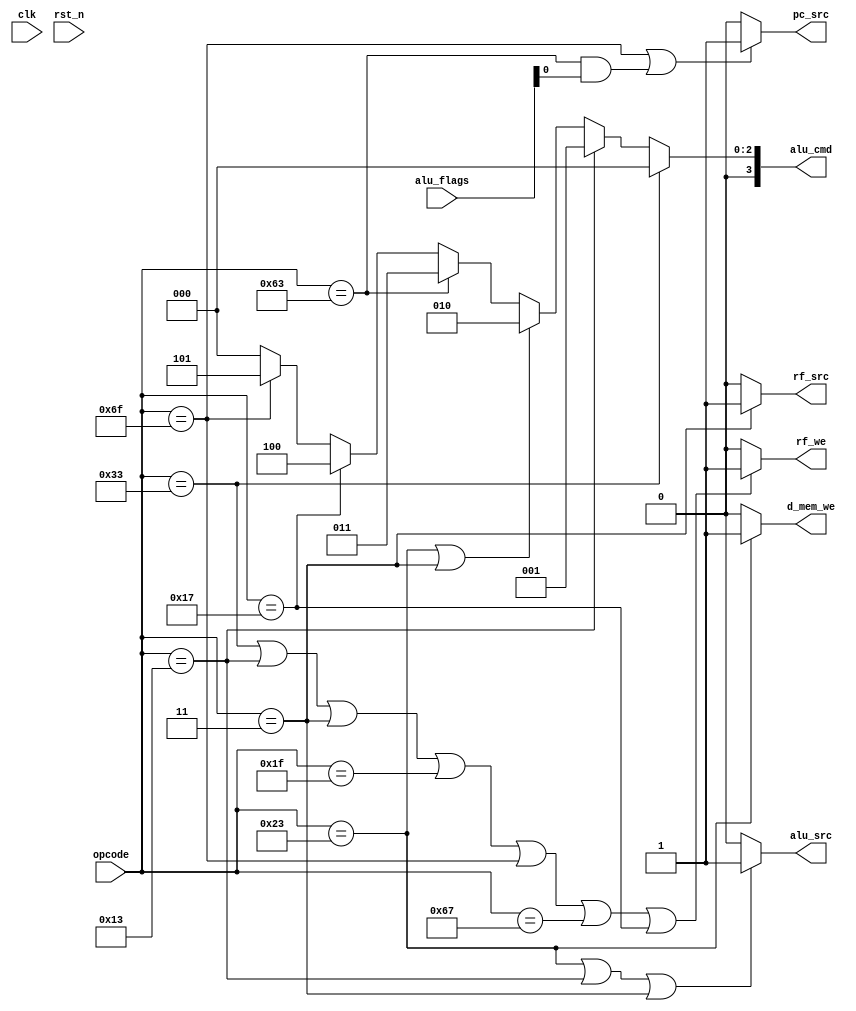
module uc (
    input clk, rst_n,                       // clock borda subida, reset assncrono ativo baixo
    input [6:0] opcode,                     // OpCode direto do IR no FD
    output d_mem_we, rf_we,                 // Habilita escrita na memria de dados e no banco de registradores
    input  [3:0] alu_flags,                 // Flags da ULA
    output [3:0] alu_cmd,                   // Operao da ULA
    output alu_src, pc_src, rf_src          // Seletor dos MUXes
); 

// AluCmd  
// 0000: R
// 0001: I
// 0010: S    
// 0011: SB
// 0100: U
// 0101: UJ

assign d_mem_we = (opcode == 7'b0100011)? 1 : 0;
assign rf_we = (opcode == 7'b0110011 || opcode == 7'b0010011 || opcode == 7'b0000011 || opcode == 7'b0011111 || opcode == 7'b1101111 || opcode == 7'b1100111 || opcode == 7'b0010111)? 1 : 0;

assign alu_cmd = (opcode == 7'b0110011)? 4'b0000:                           // arithmetic
                 (opcode == 7'b0010011)? 4'b0001:                           // immediate arithmetic
                 (opcode == 7'b0100011 || opcode == 7'b0000011)? 4'b0010:   // store and load
                 (opcode == 7'b1100011)? 4'b0011:                           // branch
                 (opcode == 7'b0010111)? 4'b0100:                           // jump
                 (opcode == 7'b1101111)? 4'b0101:                           // auipc  
                 4'b0000;

assign alu_src = (opcode == 7'b0100011 || opcode == 7'b0010011 || opcode == 7'b0000011)? 1 : 0;
assign pc_src = (opcode == 7'b1101111 || (opcode == 7'b1100011 && alu_flags[0]))? 1: 0;
assign rf_src = (opcode == 7'b0000011)? 1 : 0;

endmodule